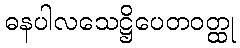
ဓနပါလသေဋ္ဌိပေတဝတ္ထု